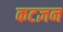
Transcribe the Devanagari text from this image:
कटज्ञन